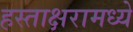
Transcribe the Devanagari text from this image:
हस्ताक्षरामध्ये